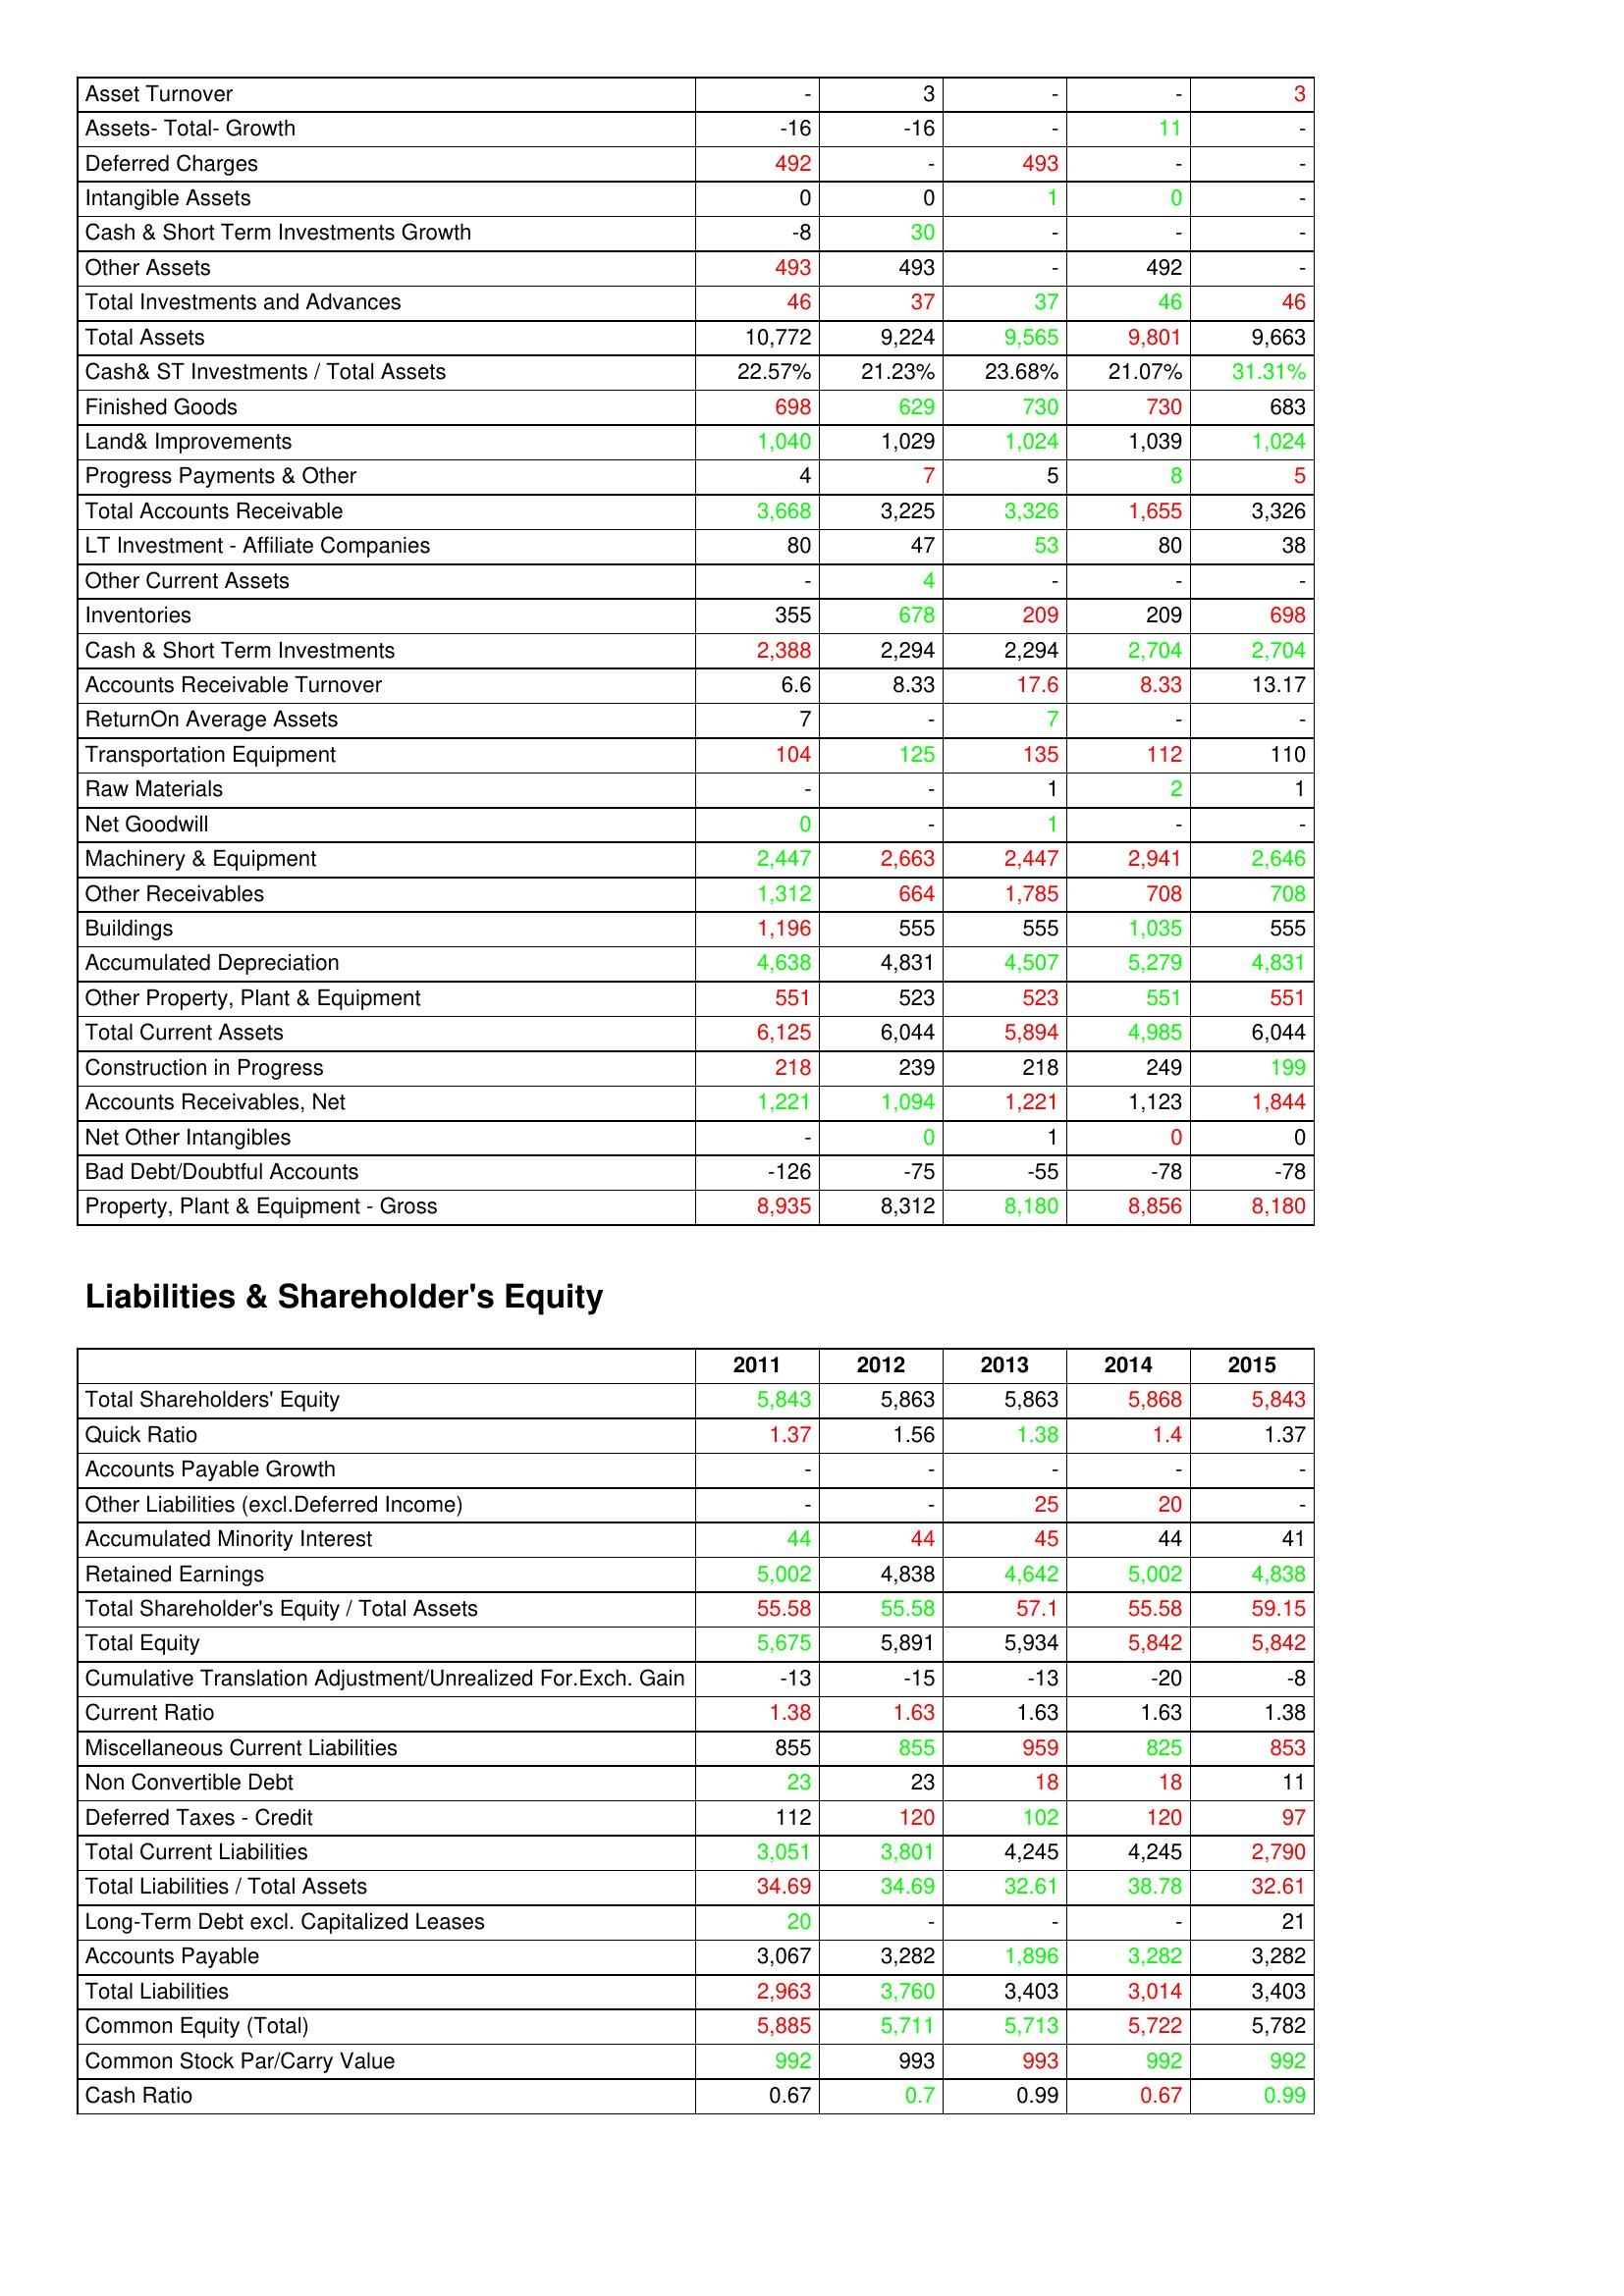
gt_parse: 2011: Assets: Asset Turnover: -
Assets- Total- Growth: -16
Deferred Charges: 492
Intangible Assets: 0
Cash & Short Term Investments Growth: -8
Other Assets: 493
Total Investments and Advances: 46
Total Assets: 10,772
Cash& ST Investments / Total Assets: 22.57%
Finished Goods: 698
Land& Improvements: 1,040
Progress Payments & Other: 4
Total Accounts Receivable: 3,668
LT Investment - Affiliate Companies: 80
Other Current Assets: -
Inventories: 355
Cash & Short Term Investments: 2,388
Accounts Receivable Turnover: 6.6
ReturnOn Average Assets: 7
Transportation Equipment: 104
Raw Materials: -
Net Goodwill: 0
Machinery & Equipment: 2,447
Other Receivables: 1,312
Buildings: 1,196
Accumulated Depreciation: 4,638
Other Property, Plant & Equipment: 551
Total Current Assets: 6,125
Construction in Progress: 218
Accounts Receivables, Net: 1,221
Net Other Intangibles: -
Bad Debt/Doubtful Accounts: -126
Property, Plant & Equipment - Gross : 8,935
Liabilities & Shareholder's Equity: Total Shareholders' Equity: 5,843
Quick Ratio: 1.37
Accounts Payable Growth: -
Other Liabilities (excl.Deferred Income): -
Accumulated Minority Interest: 44
Retained Earnings: 5,002
Total Shareholder's Equity / Total Assets: 55.58
Total Equity: 5,675
Cumulative Translation Adjustment/Unrealized For.Exch. Gain: -13
Current Ratio: 1.38
Miscellaneous Current Liabilities: 855
Non Convertible Debt: 23
Deferred Taxes - Credit: 112
Total Current Liabilities: 3,051
Total Liabilities / Total Assets: 34.69
Long-Term Debt excl. Capitalized Leases: 20
Accounts Payable: 3,067
Total Liabilities: 2,963
Common Equity (Total): 5,885
Common Stock Par/Carry Value: 992
Cash Ratio: 0.67
2012: Assets: Asset Turnover: 3
Assets- Total- Growth: -16
Deferred Charges: -
Intangible Assets: 0
Cash & Short Term Investments Growth: 30
Other Assets: 493
Total Investments and Advances: 37
Total Assets: 9,224
Cash& ST Investments / Total Assets: 21.23%
Finished Goods: 629
Land& Improvements: 1,029
Progress Payments & Other: 7
Total Accounts Receivable: 3,225
LT Investment - Affiliate Companies: 47
Other Current Assets: 4
Inventories: 678
Cash & Short Term Investments: 2,294
Accounts Receivable Turnover: 8.33
ReturnOn Average Assets: -
Transportation Equipment: 125
Raw Materials: -
Net Goodwill: -
Machinery & Equipment: 2,663
Other Receivables: 664
Buildings: 555
Accumulated Depreciation: 4,831
Other Property, Plant & Equipment: 523
Total Current Assets: 6,044
Construction in Progress: 239
Accounts Receivables, Net: 1,094
Net Other Intangibles: 0
Bad Debt/Doubtful Accounts: -75
Property, Plant & Equipment - Gross : 8,312
Liabilities & Shareholder's Equity: Total Shareholders' Equity: 5,863
Quick Ratio: 1.56
Accounts Payable Growth: -
Other Liabilities (excl.Deferred Income): -
Accumulated Minority Interest: 44
Retained Earnings: 4,838
Total Shareholder's Equity / Total Assets: 55.58
Total Equity: 5,891
Cumulative Translation Adjustment/Unrealized For.Exch. Gain: -15
Current Ratio: 1.63
Miscellaneous Current Liabilities: 855
Non Convertible Debt: 23
Deferred Taxes - Credit: 120
Total Current Liabilities: 3,801
Total Liabilities / Total Assets: 34.69
Long-Term Debt excl. Capitalized Leases: -
Accounts Payable: 3,282
Total Liabilities: 3,760
Common Equity (Total): 5,711
Common Stock Par/Carry Value: 993
Cash Ratio: 0.7
2013: Assets: Asset Turnover: -
Assets- Total- Growth: -
Deferred Charges: 493
Intangible Assets: 1
Cash & Short Term Investments Growth: -
Other Assets: -
Total Investments and Advances: 37
Total Assets: 9,565
Cash& ST Investments / Total Assets: 23.68%
Finished Goods: 730
Land& Improvements: 1,024
Progress Payments & Other: 5
Total Accounts Receivable: 3,326
LT Investment - Affiliate Companies: 53
Other Current Assets: -
Inventories: 209
Cash & Short Term Investments: 2,294
Accounts Receivable Turnover: 17.6
ReturnOn Average Assets: 7
Transportation Equipment: 135
Raw Materials: 1
Net Goodwill: 1
Machinery & Equipment: 2,447
Other Receivables: 1,785
Buildings: 555
Accumulated Depreciation: 4,507
Other Property, Plant & Equipment: 523
Total Current Assets: 5,894
Construction in Progress: 218
Accounts Receivables, Net: 1,221
Net Other Intangibles: 1
Bad Debt/Doubtful Accounts: -55
Property, Plant & Equipment - Gross : 8,180
Liabilities & Shareholder's Equity: Total Shareholders' Equity: 5,863
Quick Ratio: 1.38
Accounts Payable Growth: -
Other Liabilities (excl.Deferred Income): 25
Accumulated Minority Interest: 45
Retained Earnings: 4,642
Total Shareholder's Equity / Total Assets: 57.1
Total Equity: 5,934
Cumulative Translation Adjustment/Unrealized For.Exch. Gain: -13
Current Ratio: 1.63
Miscellaneous Current Liabilities: 959
Non Convertible Debt: 18
Deferred Taxes - Credit: 102
Total Current Liabilities: 4,245
Total Liabilities / Total Assets: 32.61
Long-Term Debt excl. Capitalized Leases: -
Accounts Payable: 1,896
Total Liabilities: 3,403
Common Equity (Total): 5,713
Common Stock Par/Carry Value: 993
Cash Ratio: 0.99
2014: Assets: Asset Turnover: -
Assets- Total- Growth: 11
Deferred Charges: -
Intangible Assets: 0
Cash & Short Term Investments Growth: -
Other Assets: 492
Total Investments and Advances: 46
Total Assets: 9,801
Cash& ST Investments / Total Assets: 21.07%
Finished Goods: 730
Land& Improvements: 1,039
Progress Payments & Other: 8
Total Accounts Receivable: 1,655
LT Investment - Affiliate Companies: 80
Other Current Assets: -
Inventories: 209
Cash & Short Term Investments: 2,704
Accounts Receivable Turnover: 8.33
ReturnOn Average Assets: -
Transportation Equipment: 112
Raw Materials: 2
Net Goodwill: -
Machinery & Equipment: 2,941
Other Receivables: 708
Buildings: 1,035
Accumulated Depreciation: 5,279
Other Property, Plant & Equipment: 551
Total Current Assets: 4,985
Construction in Progress: 249
Accounts Receivables, Net: 1,123
Net Other Intangibles: 0
Bad Debt/Doubtful Accounts: -78
Property, Plant & Equipment - Gross : 8,856
Liabilities & Shareholder's Equity: Total Shareholders' Equity: 5,868
Quick Ratio: 1.4
Accounts Payable Growth: -
Other Liabilities (excl.Deferred Income): 20
Accumulated Minority Interest: 44
Retained Earnings: 5,002
Total Shareholder's Equity / Total Assets: 55.58
Total Equity: 5,842
Cumulative Translation Adjustment/Unrealized For.Exch. Gain: -20
Current Ratio: 1.63
Miscellaneous Current Liabilities: 825
Non Convertible Debt: 18
Deferred Taxes - Credit: 120
Total Current Liabilities: 4,245
Total Liabilities / Total Assets: 38.78
Long-Term Debt excl. Capitalized Leases: -
Accounts Payable: 3,282
Total Liabilities: 3,014
Common Equity (Total): 5,722
Common Stock Par/Carry Value: 992
Cash Ratio: 0.67
2015: Assets: Asset Turnover: 3
Assets- Total- Growth: -
Deferred Charges: -
Intangible Assets: -
Cash & Short Term Investments Growth: -
Other Assets: -
Total Investments and Advances: 46
Total Assets: 9,663
Cash& ST Investments / Total Assets: 31.31%
Finished Goods: 683
Land& Improvements: 1,024
Progress Payments & Other: 5
Total Accounts Receivable: 3,326
LT Investment - Affiliate Companies: 38
Other Current Assets: -
Inventories: 698
Cash & Short Term Investments: 2,704
Accounts Receivable Turnover: 13.17
ReturnOn Average Assets: -
Transportation Equipment: 110
Raw Materials: 1
Net Goodwill: -
Machinery & Equipment: 2,646
Other Receivables: 708
Buildings: 555
Accumulated Depreciation: 4,831
Other Property, Plant & Equipment: 551
Total Current Assets: 6,044
Construction in Progress: 199
Accounts Receivables, Net: 1,844
Net Other Intangibles: 0
Bad Debt/Doubtful Accounts: -78
Property, Plant & Equipment - Gross : 8,180
Liabilities & Shareholder's Equity: Total Shareholders' Equity: 5,843
Quick Ratio: 1.37
Accounts Payable Growth: -
Other Liabilities (excl.Deferred Income): -
Accumulated Minority Interest: 41
Retained Earnings: 4,838
Total Shareholder's Equity / Total Assets: 59.15
Total Equity: 5,842
Cumulative Translation Adjustment/Unrealized For.Exch. Gain: -8
Current Ratio: 1.38
Miscellaneous Current Liabilities: 853
Non Convertible Debt: 11
Deferred Taxes - Credit: 97
Total Current Liabilities: 2,790
Total Liabilities / Total Assets: 32.61
Long-Term Debt excl. Capitalized Leases: 21
Accounts Payable: 3,282
Total Liabilities: 3,403
Common Equity (Total): 5,782
Common Stock Par/Carry Value: 992
Cash Ratio: 0.99